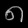
Digit: ၈